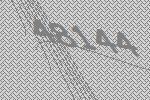
48144